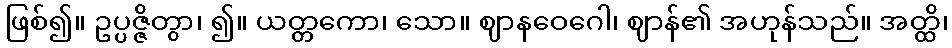
ဖြစ်၍။ ဥပ္ပဇ္ဇိတွာ၊ ၍။ ယတ္တကော၊ သော။ ဈာနဝေဂေါ၊ ဈာန်၏ အဟုန်သည်။ အတ္ထိ၊